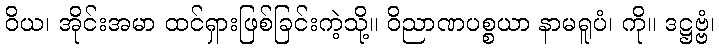
ဝိယ၊ အိုင်းအမာ ထင်ရှားဖြစ်ခြင်းကဲ့သို့။ ဝိညာဏပစ္စယာ နာမရူပံ၊ ကို။ ဒဋ္ဌဗ္ဗံ၊